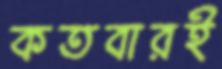
কতবারই